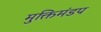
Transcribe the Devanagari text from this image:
मुक्तिमंडप